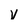
Character: v